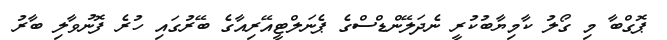
ޕޮގްބާ މި ގޯލު ކާމިޔާބުކުރީ ނެދަލޭންޑްސްގެ ޕެނަލްޓީއޭރިއާގެ ބޭރުގައި ހުރެ ފޮނުވާލި ބާރު